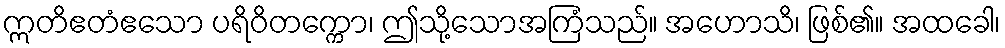
ဣတိဧတံဧသော ပရိဝိတက္ကော၊ ဤသို့သောအကြံသည်။ အဟောသိ၊ ဖြစ်၏။ အထခေါ၊